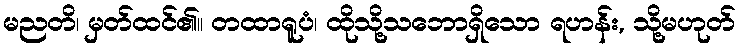
မညတိ၊ မှတ်ထင်၏။ တထာရူပံ၊ ထိုသို့သဘောရှိသော ရဟန်း, သို့မဟုတ်